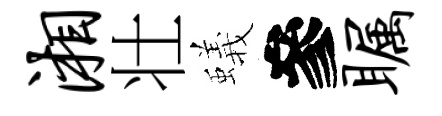
湘壮蟻參瞩